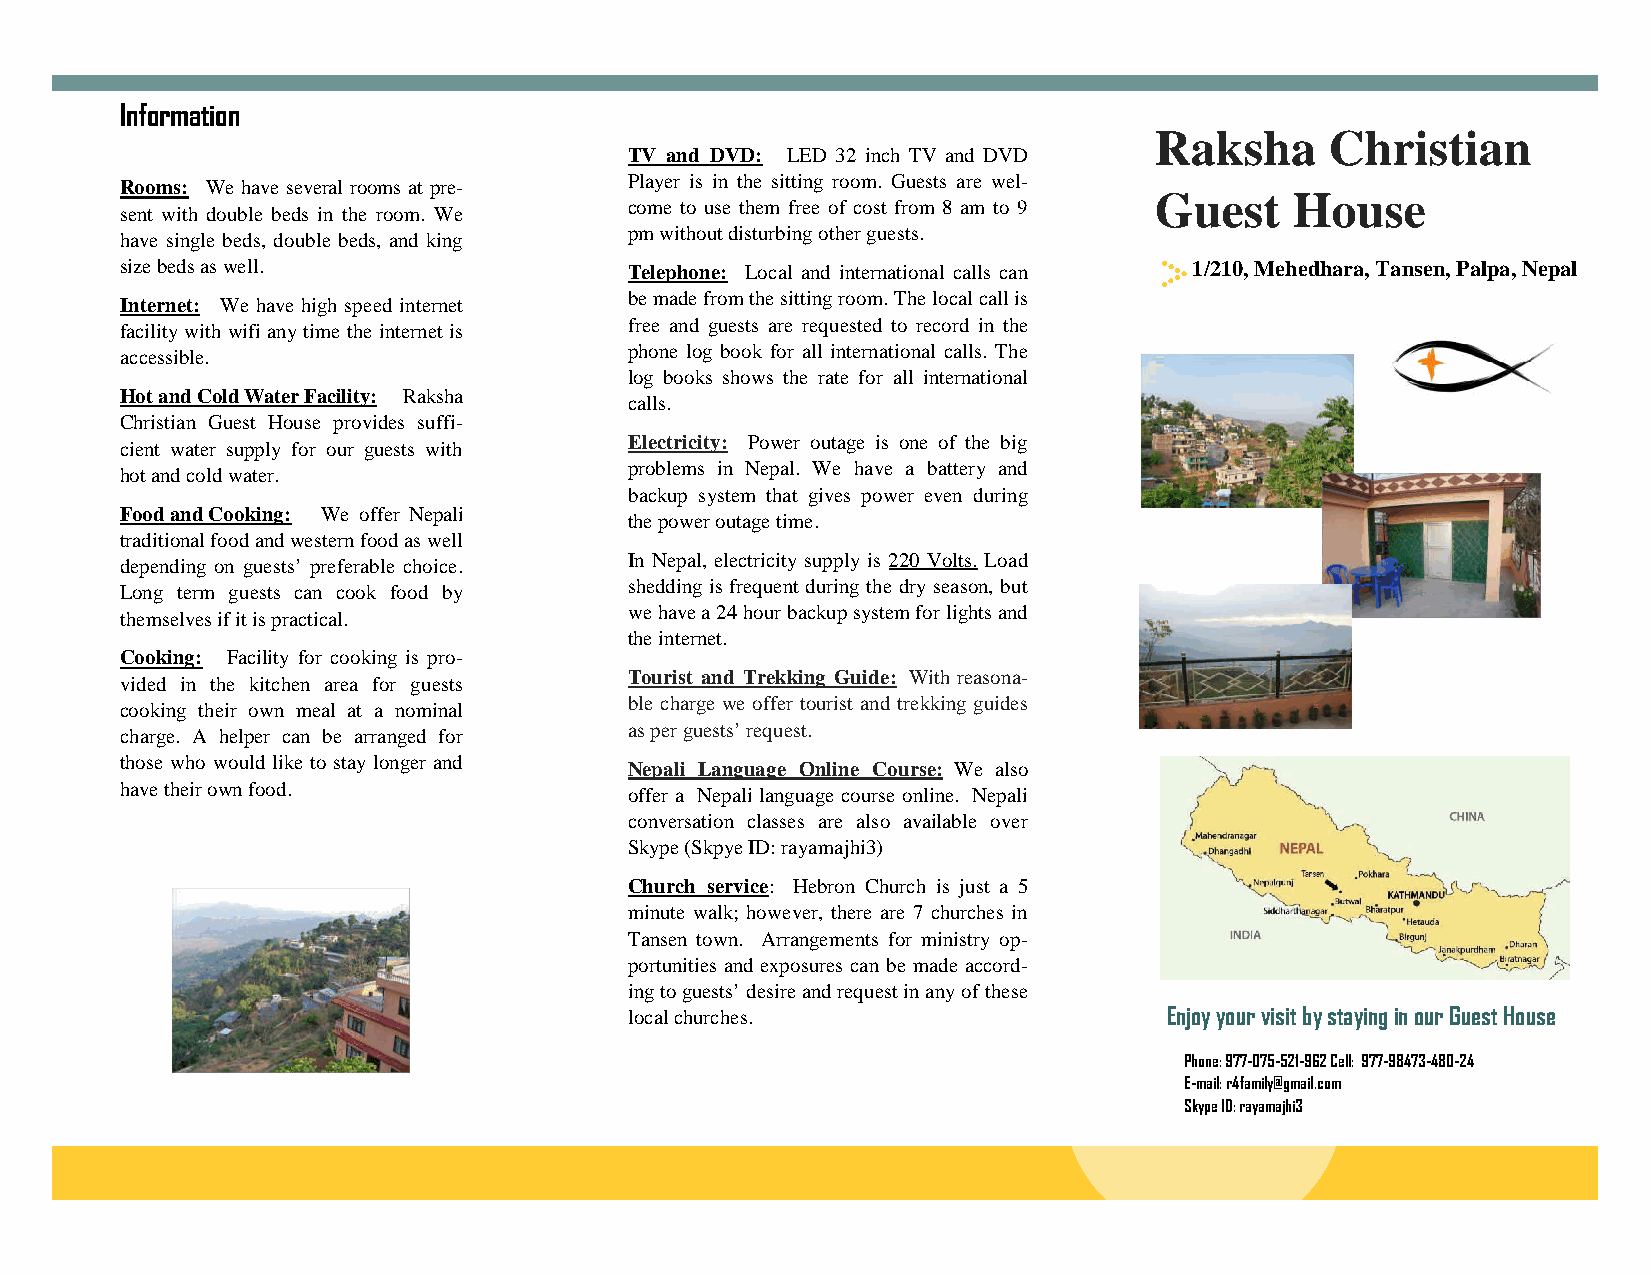
Information
 Raksha      Christian
 TV and DVD: LED 32 inch TV and DVD
 Player is in the sitting room. Guests are wel-
 Rooms: We have several rooms at pre-
 Guest     House
 come to use them free of cost from 8 am to 9
 sent with double beds in the room. We
 pmwithoutdisturbingotherguests.
 have single beds, double beds, and king
 sizebedsaswell.                   Telephone: Local and international calls can 1/210,Mehedhara,Tansen,Palpa,Nepal
 bemadefromthesittingroom.Thelocalcallis
 Internet: We have high speed internet
 free and guests are requested to record in the
 facility with wifianytime the internetis
 phone log book for all international calls. The
 accessible.
 log books shows the rate for all international
 HotandColdWaterFacility: Raksha
 calls.
 Christian Guest House provides suffi-
 Electricity: Power outage is one of the big
 cient water supply for our guests with
 problems in Nepal. We have a battery and
 hotandcoldwater.
 backup system that gives power even during
 FoodandCooking: We offer Nepali
 thepoweroutagetime.
 traditionalfoodandwesternfoodaswell
 In Nepal, electricity supply is 220 Volts. Load
 depending on guests’ preferable choice.
 shedding is frequent during the dry season, but
 Long term guests can cook food by
 wehavea24hourbackupsystemforlightsand
 themselvesifitispractical.
 theinternet.
 Cooking: Facility for cooking is pro-
 Tourist and Trekking Guide: With reasona-
 vided in the kitchen area for guests
 ble charge we offer tourist and trekking guides
 cooking their own meal at a nominal
 charge. A helper can be arranged for asperguests’request.
 those who would like to stay longer and Nepali Language Online Course: We also
 havetheirownfood.                 offer a Nepali language course online. Nepali
 conversation classes are also available over
 Skype(SkpyeID:rayamajhi3)
 Church service: Hebron Church is just a 5
 minute walk; however, there are 7 churches in
 Tansen town. Arrangements for ministry op-
 portunities and exposures can be made accord-
 ingtoguests’desireandrequestinanyofthese
 localchurches.                     EnjoyyourvisitbystayinginourGuestHouse
 Phone:977-075-521-962Cell: 977-98473-480-24
 E-mail:r4family@gmail.com
 SkypeID:rayamajhi3